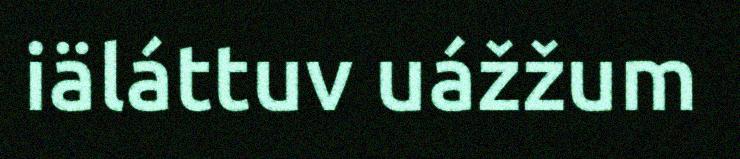
iäláttuv uážžum